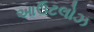
આઉટલોઝ